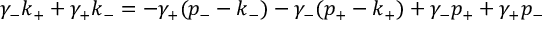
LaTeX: \gamma _ { - } k _ { + } + \gamma _ { + } k _ { - } = - \gamma _ { + } ( p _ { - } - k _ { - } ) - \gamma _ { - } ( p _ { + } - k _ { + } ) + \gamma _ { - } p _ { + } + \gamma _ { + } p _ { - } \nonumber